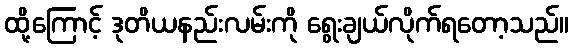
ထို့ကြောင့် ဒုတိယနည်းလမ်းကို ရွေးချယ်လိုက်ရတော့သည်။